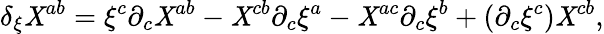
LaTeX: \delta_{\xi}\mathit{X}^{ab}=\xi^{c}\partial_{c}\mathit{X}^{ab}-\mathit{X}^{cb}\partial_{c}\xi^{a}-\mathit{X}^{ac}\partial_{c}\xi^{b}+(\partial_{c}\xi^{c})\mathit{X}^{cb},